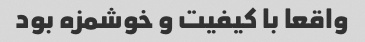
واقعا با کیفیت و خوشمزه بود